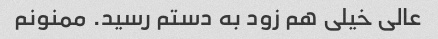
عالی خیلی هم زود به دستم رسید. ممنونم